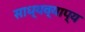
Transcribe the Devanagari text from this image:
साध्यव्याप्य